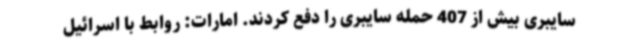
سایبری بیش از 407 حمله سایبری را دفع کردند. امارات: روابط با اسرائیل